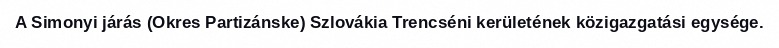
A Simonyi járás (Okres Partizánske) Szlovákia Trencséni kerületének közigazgatási egysége.